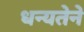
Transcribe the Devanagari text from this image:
धन्यतेने